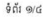
ទំព័រ ១/៤